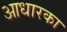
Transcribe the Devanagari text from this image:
आधारका